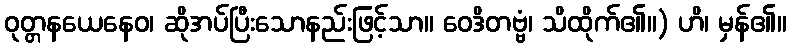
ဝုတ္တနယေနေဝ၊ ဆိုအပ်ပြီးသောနည်းဖြင့်သာ။ ဝေဒိတဗ္ဗံ၊ သိထိုက်၏။) ဟိ၊ မှန်၏။